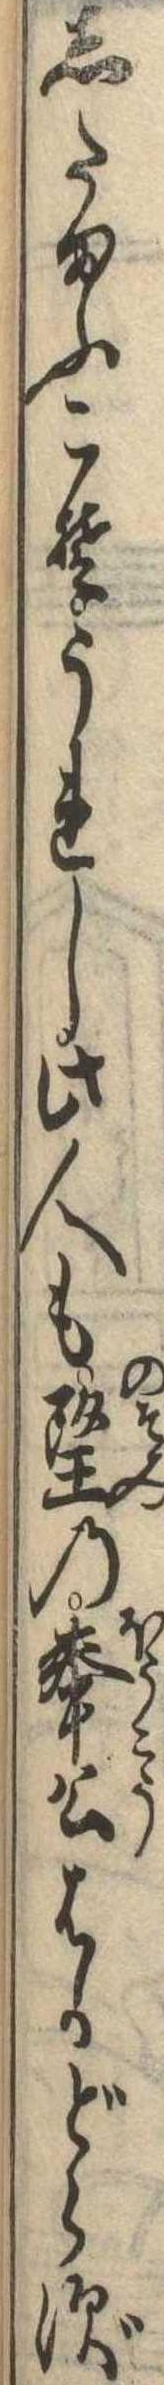
したまふこそうれし此人も望の奉公はかどらず